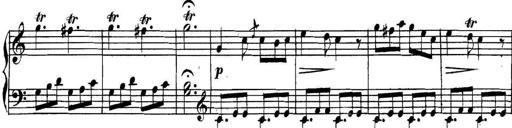
Title: Collected Piano Sonatas
Composer: Muzio Clementi